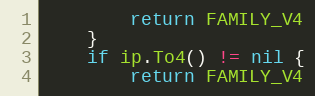
Language: Go
		return FAMILY_V4
	}
	if ip.To4() != nil {
		return FAMILY_V4